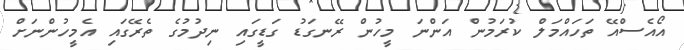
އޯއެސްއޭ ތަހައްމަލް ކުރަމުން އަންނަ މީހުން ރޭނގަޑު ގަޑީގައި ނިދުމުގެ ތެރޭގައި އެމީހުންނަށް